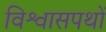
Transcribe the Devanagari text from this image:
विश्वासपथों